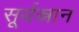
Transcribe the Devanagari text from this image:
सूर्यस्नान